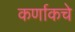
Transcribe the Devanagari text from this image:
कर्णाकचे